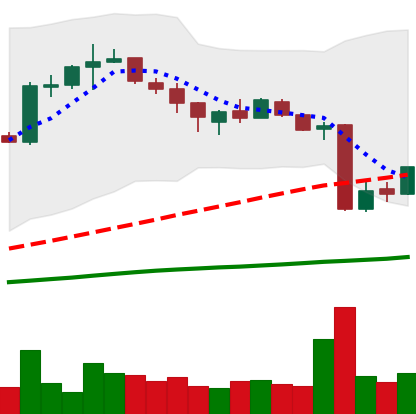
Ticker: BTC-USD
Chart end date: 2015-08-11
Forward return: -4.393%
Label: down_3_5